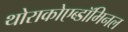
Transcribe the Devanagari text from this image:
थोराकोएब्डॉमिनल